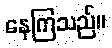
နေကြသည်။